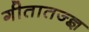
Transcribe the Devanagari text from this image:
गीतातज्ज्ञ